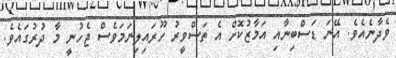
ވެދާނެއެވެ. އޭނަ ޑަސްބިނާއި އަމާޒުކޮށް އެ ތަސްވީރު ހޫރައިލިނަމަވެސް ޖެހުނީ މާ ދުރުގައެވެ.